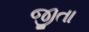
જીતા